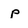
Character: p